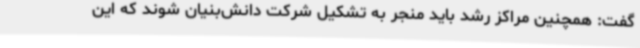
گفت: همچنین مراکز رشد باید منجر به تشکیل شرکت دانش‌بنیان شوند که این